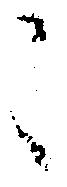
々